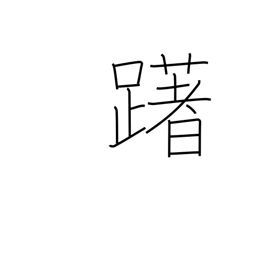
Meaning: hesitate